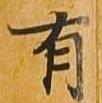
有